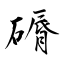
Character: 磭